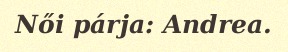
Női párja: Andrea.